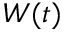
W ( t )